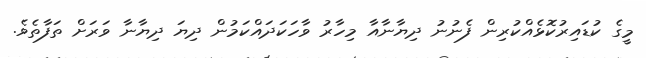
މީގެ ކުޑައިރުކޮޅެއްކުރިން ފެނުނު ދިޔާނާއާ މިހާރު ވާހަކަދައްކަމުން ދިޔަ ދިޔާނާ ވަރަށް ތަފާތެވެ.